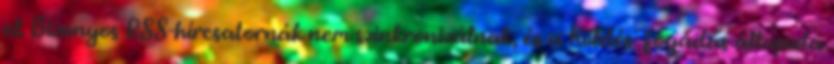
el. Bizonyos RSS-hírcsatornák nem szinkronizálnak, és a Küldés fogadás állapota